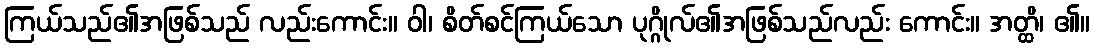
ကြယ်သည်၏အဖြစ်သည် လည်းကောင်း။ ဝါ၊ စိတ်စင်ကြယ်သော ပုဂ္ဂိုလ်၏အဖြစ်သည်လည်း ကောင်း။ အတ္ထိ၊ ၏။